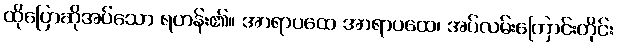
ထိုပြောဆိုအပ်သော ရဟန်း၏။ အာရာပထေ အာရာပထေ၊ အပ်လမ်းကြောင်းတိုင်း